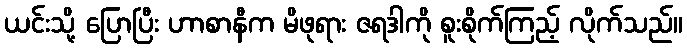
ယင်းသို့ ပြောပြီး ဟာစာနီက မိဖုရား ဇရဒါကို စူးစိုက်ကြည့် လိုက်သည်။